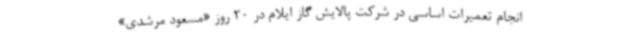
انجام تعمیرات اساسی در شرکت پالایش گاز ایلام در 20 روز «مسعود مرشدی»